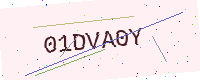
Text: 01DVA0Y